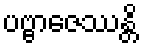
ပဗ္ဗာဇေဿန္တိ